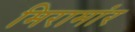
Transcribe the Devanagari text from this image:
मिरामांर